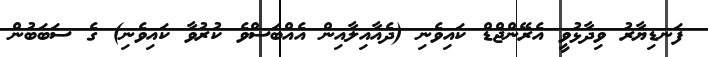
ފަނޑިޔާރު ވިދާޅުވީ އެރޭންޖްޑް ކައިވެނި (ދެއާއިލާއިން އެއްބަސްވެ ކުރުވާ ކައިވެނި) ގެ ސަބަބުން